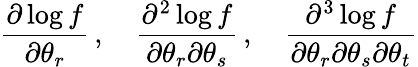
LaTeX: {\frac{\partial\log f}{\partial\theta_{r}}}\, ,\quad{\frac{\partial^{2}\log f}{\partial\theta_{r}\partial\theta_{s}}}\, ,\quad{\frac{\partial^{3}\log f}{\partial\theta_{r}\partial\theta_{s}\partial\theta_{t}}}